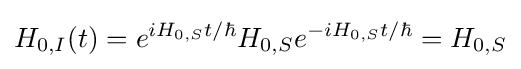
H_{0,I}(t)=e^{iH_{0,S}t/\hbar }H_{0,S}e^{-iH_{0,S}t/\hbar }=H_{0,S}